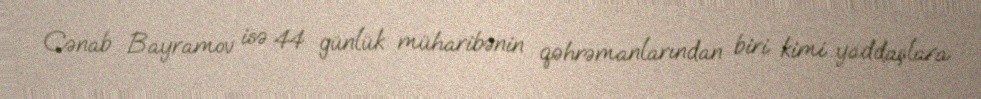
Cənab Bayramov isə 44 günlük müharibənin qəhrəmanlarından biri kimi yaddaşlara